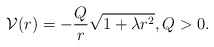
\begin{align*} {\cal V}(r) = - \frac{Q}{r}\sqrt{1+\lambda r^2}, Q>0. \end{align*}